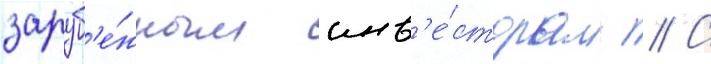
заруб'е́жным инв'е́сторам // С